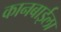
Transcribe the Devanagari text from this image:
कानबाईला